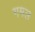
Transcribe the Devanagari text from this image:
गमल